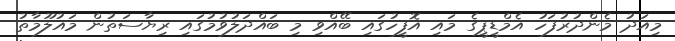
މިއަދު މެންދުރުފަހު އެމްޑީޕީގެ މައި އޮފީހުގައި ބޭއްވި މި ބައްދަލުވުމުގައި ރިޔާސަތުން މައުލޫމާތު